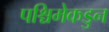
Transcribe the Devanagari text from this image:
पश्चिमेकडुन